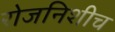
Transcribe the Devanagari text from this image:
रोजनिशीच